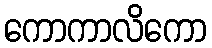
ကောကာလိကော